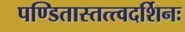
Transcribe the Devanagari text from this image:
पण्डितास्तत्त्वदर्शिनः